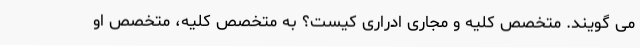
می گویند. متخصص کلیه و مجاری ادراری کیست؟ به متخصص کلیه، متخصص او